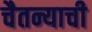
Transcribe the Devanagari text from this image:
चैतन्याची